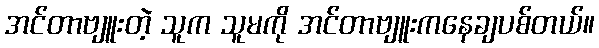
အင်တာဗျူးတဲ့ သူက သူမကို အင်တာဗျူးကနေချပစ်တယ်။